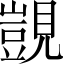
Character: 覬